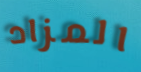
المزاد